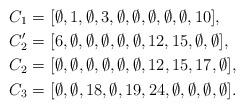
LaTeX: \begin{align*}C_1=&\ [\emptyset, 1,\emptyset, 3, \emptyset,\emptyset,\emptyset,\emptyset,\emptyset,10],\\C_2'=&\ [6,\emptyset,\emptyset,\emptyset,\emptyset,\emptyset,12,15,\emptyset,\emptyset],\\C_2=&\ [\emptyset,\emptyset,\emptyset,\emptyset,\emptyset,\emptyset,12,15,17,\emptyset],\\C_3=&\ [\emptyset,\emptyset,18,\emptyset,19,24,\emptyset,\emptyset,\emptyset,\emptyset].\end{align*}